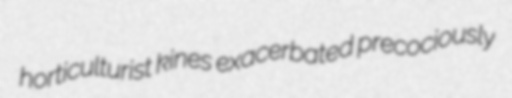
horticulturist kines exacerbated precociously